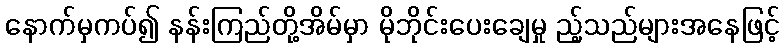
နောက်မှကပ်၍ နန်းကြည်တို့အိမ်မှာ မိုဘိုင်းပေးချေမှု ည့်သည်များအနေဖြင့်